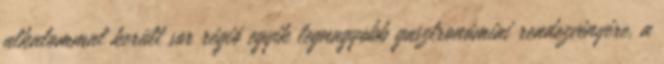
alkalommal került sor régió egyik legnagyobb gasztronómiai rendezvényére, a